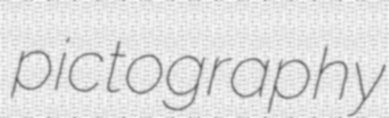
pictography